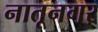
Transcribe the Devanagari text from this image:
नातूनगर